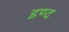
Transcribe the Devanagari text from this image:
इण्द